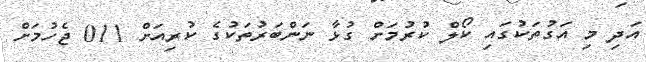
އަދި މި އަގުތަކުގައި ކޯލް ކުރުމަށް ގުޅާ ނަންބަރުތަކުގެ ކުރިއަށް 011 ޖެހުމަށް